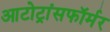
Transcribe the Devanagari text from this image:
आटोट्रांसफॉर्मर